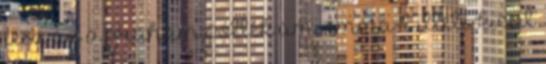
lesz az a graham pótlék ami emma-t illeti. kicsit